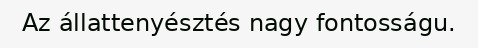
Az állattenyésztés nagy fontosságu.